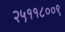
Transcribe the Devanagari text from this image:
२५११८००९